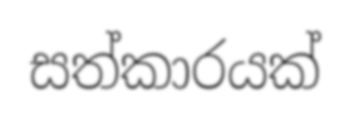
සත්කාරයක්